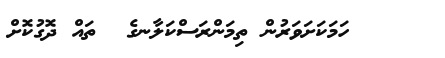
ހަމަކަށަވަރުން ތިމަންރަސްކަލާނގެ  ތައް ދޮގުކޮށް